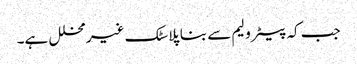
جب کہ پیٹرولیم سے بنا پلاسٹک غیر محلل ہے۔